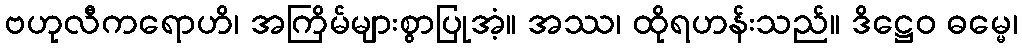
ဗဟုလီကရောဟိ၊ အကြိမ်များစွာပြုအံ့။ အဿ၊ ထိုရဟန်းသည်။ ဒိဋ္ဌေဝ ဓမ္မေ၊